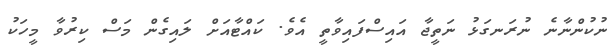
ނުކުންނާނެ ނުރަނގަޅު ނަތީޖާ އައިސްފައިވާތީ އެވެ. ކައްޓާއަށް ލައިގެން މަސް ކިރުވާ މީހަކު